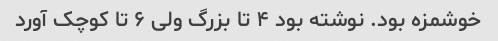
خوشمزه بود. نوشته بود ۴ تا بزرگ ولی ۶ تا کوچک آورد